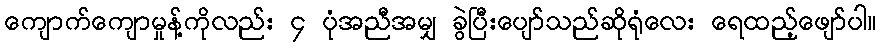
ကျောက်ကျောမှုန့်ကိုလည်း ၄ ပုံအညီအမျှ ခွဲပြီးပျော်သည်ဆိုရုံလေး ရေထည့်ဖျော်ပါ။